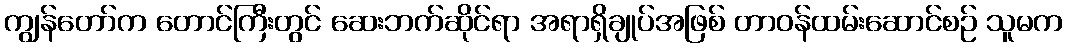
ကျွန်တော်က တောင်ကြီးတွင် ဆေးဘက်ဆိုင်ရာ အရာရှိချုပ်အဖြစ် တာဝန်ထမ်းဆောင်စဉ် သူမက